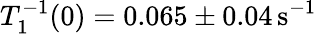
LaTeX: T_{1}^{-1}(0)=0.065\pm 0.04\mathrm{\, s^{-1}}